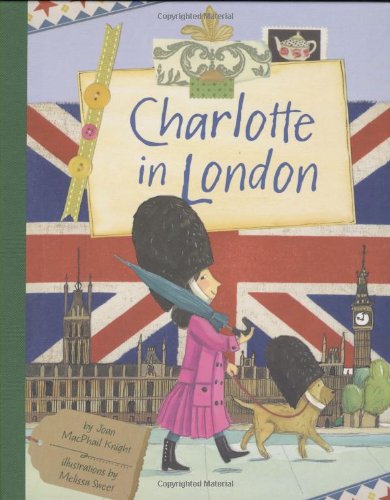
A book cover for Charlotte in London; Joan Knight; Children's Books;